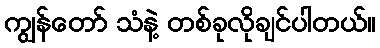
ကျွန်တော် သံနဲ့ တစ်ခုလိုချင်ပါတယ်။